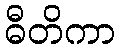
ဓီတိကာ